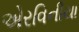
એરવિનીયા